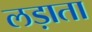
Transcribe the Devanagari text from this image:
लड़ाता